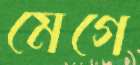
মেগে